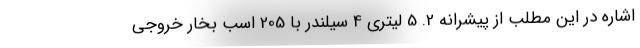
اشاره در این مطلب از پیشرانه 2. 5 لیتری 4 سیلندر با 205 اسب بخار خروجی